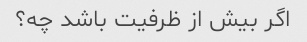
اگر بیش از ظرفیت باشد چه؟